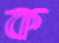
ক